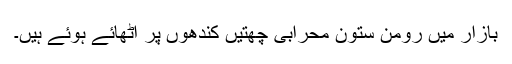
بازار میں رومن ستون محرابی چھتیں کندھوں پر اٹھائے ہوئے ہیں۔